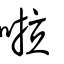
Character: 啦